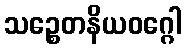
သဉ္စေတနိယဝဂ္ဂေါ